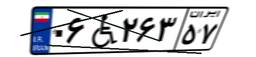
۹۵W۳۷۴۶۴